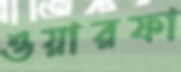
ওয়ারফা